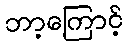
ဘာ့ကြောင့်